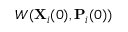
W ( { \bf { X } } _ { i } ( 0 ) , { \bf { P } } _ { i } ( 0 ) )